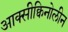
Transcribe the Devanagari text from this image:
आक्सीक्विनोलीन